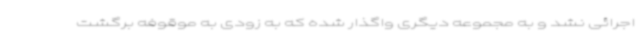
اجرائی نشد و به مجموعه دیگری واگذار شده که به زودی به موقوفه برگشت